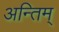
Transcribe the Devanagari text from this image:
अन्तिम्